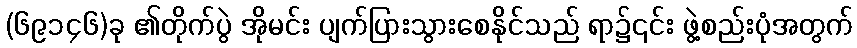
(၆၉၁၄၆)ခု ၏တိုက်ပွဲ အိုမင်း ပျက်ပြားသွားစေနိုင်သည် ရာ၌၎င်း ဖွဲ့စည်းပုံအတွက်